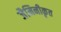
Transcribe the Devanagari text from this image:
जैमिनीकृत